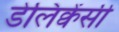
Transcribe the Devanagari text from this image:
डेलिंक्वेंसी